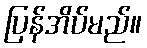
ပြန်အိပ်မည်။